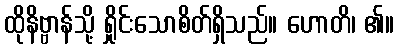
ထိုနိဗ္ဗာန်သို့ ရှိုင်းသောစိတ်ရှိသည်။ ဟောတိ၊ ၏။